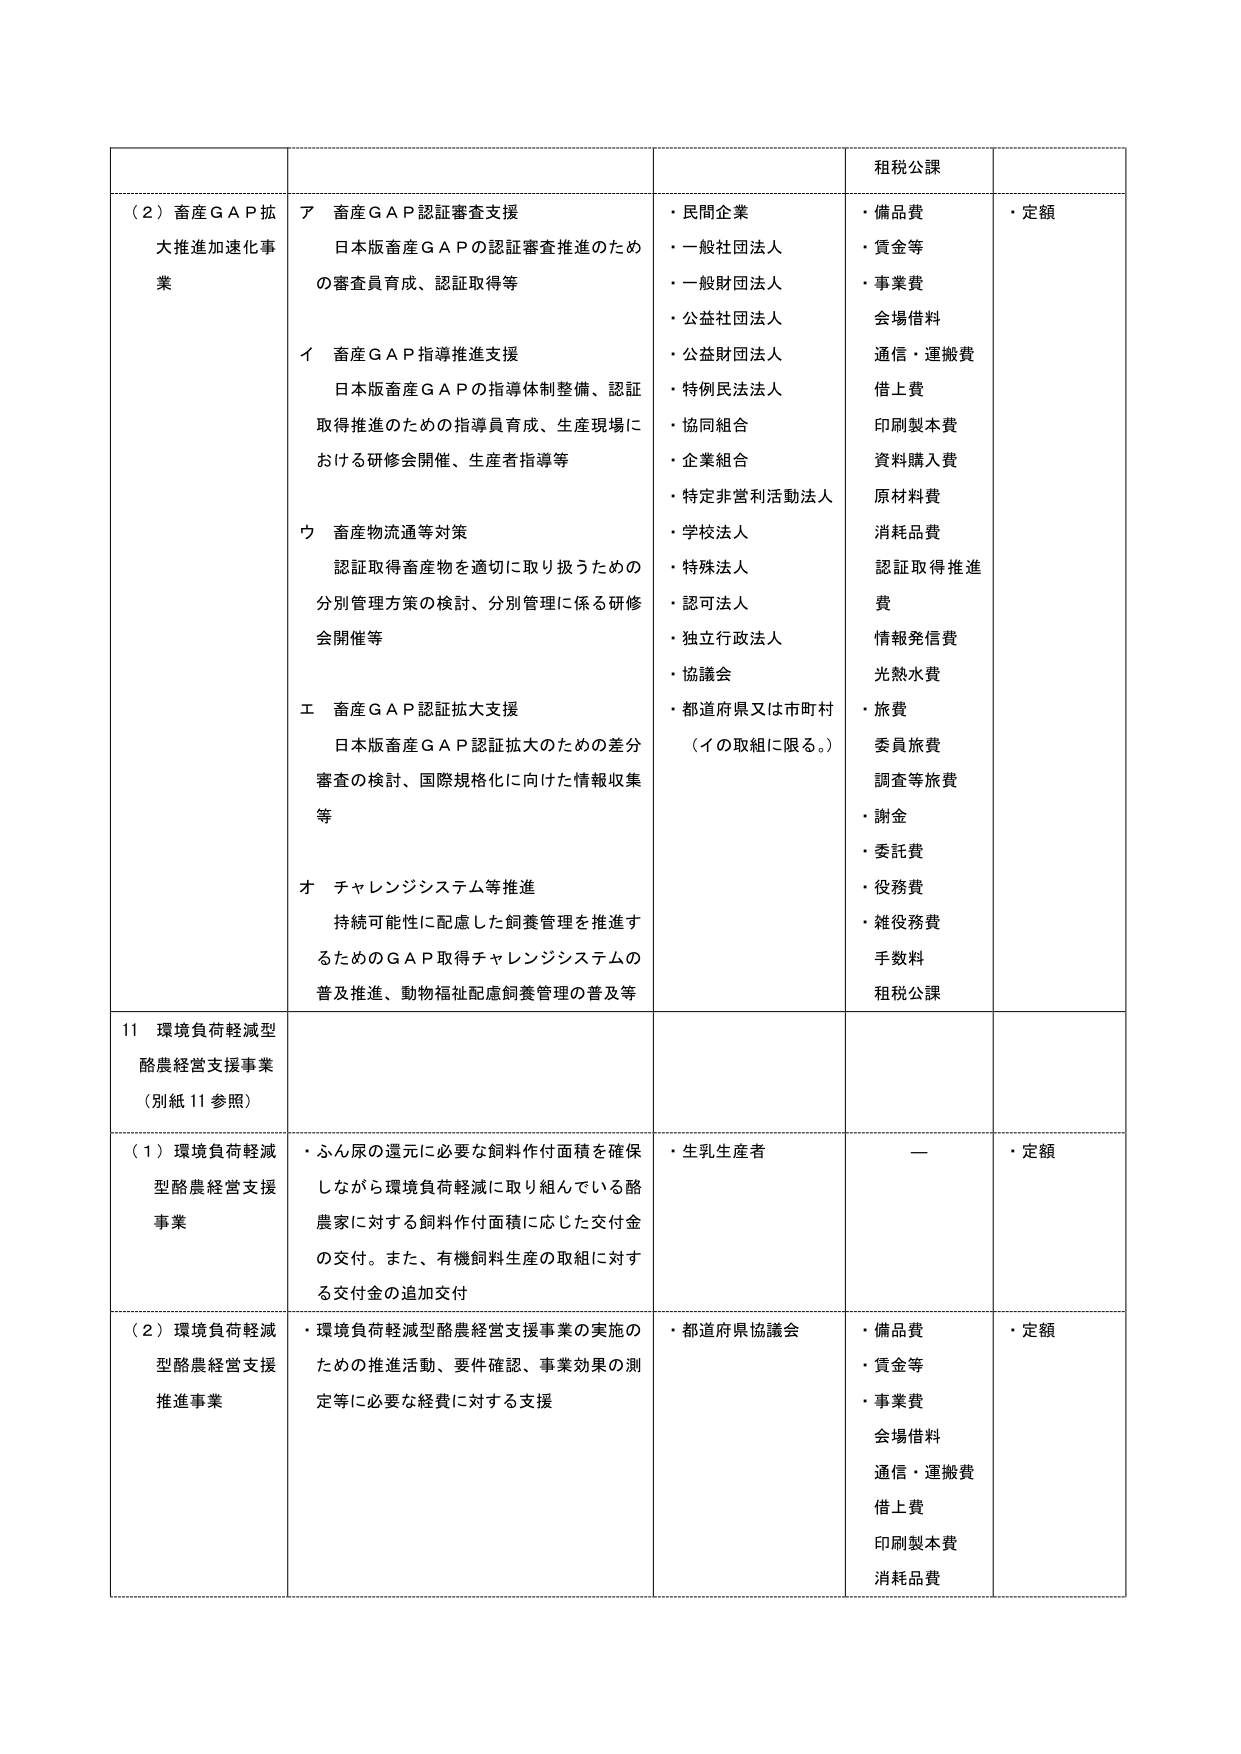
（２）畜産ＧＡＰ拡大推進加速化事業
ア 畜産ＧＡＰ認証審査支援
日本版畜産ＧＡＰの認証審査推進のための審査員育成、認証取得等
イ 畜産ＧＡＰ指導推進支援
日本版畜産ＧＡＰの指導体制整備、認証取得推進のための指導員育成、生産現場における研修会開催、生産者指導等
ウ 畜産物流通等対策
認証取得畜産物を適切に取り扱うための分別管理方策の検討、分別管理に係る研修会開催等
エ 畜産ＧＡＰ認証拡大支援
日本版畜産ＧＡＰ認証拡大のための差分審査の検討、国際規格化に向けた情報収集等
オ チャレンジシステム等推進
持続可能性に配慮した飼養管理を推進するためのＧＡＰ取得チャレンジシステムの普及推進、動物福祉配慮飼養管理の普及等

・民間企業
・一般社団法人
・一般財団法人
・公益社団法人
・公益財団法人
・特例民法法人
・協同組合
・企業組合
・特定非営利活動法人
・学校法人
・特殊法人
・認可法人
・独立行政法人
・協議会
・都道府県又は市町村（イの取組に限る。）

租税公課
・備品費
・賃金等
・事業費
会場借料
通信・運搬費
借上費
印刷製本費
資料購入費
原材料費
消耗品費
認証取得推進費
情報発信費
光熱水費
・旅費
委員旅費
調査等旅費
・謝金
・委託費
・役務費
・雑役務費
手数料
租税公課

・定額

11 環境負荷軽減型酪農経営支援事業（別紙11参照）

（１）環境負荷軽減型酪農経営支援事業
・ふん尿の還元に必要な飼料作付面積を確保しながら環境負荷軽減に取り組んでいる酪農家に対する飼料作付面積に応じた交付金の交付。また、有機飼料生産の取組に対する交付金の追加交付
・生乳生産者
ー
・定額

（２）環境負荷軽減型酪農経営支援推進事業
・環境負荷軽減型酪農経営支援事業の実施のための推進活動、要件確認、事業効果の測定等に必要な経費に対する支援
・都道府県協議会
・備品費
・賃金等
・事業費
会場借料
通信・運搬費
借上費
印刷製本費
消耗品費
・定額